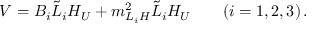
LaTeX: V = B _ { i } \tilde { L } _ { i } H _ { U } + m _ { L _ { i } H } ^ { 2 } \tilde { L } _ { i } H _ { U } \quad \quad ( i = 1 , 2 , 3 ) \, .